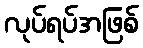
လုပ်ရပ်အဖြစ်